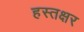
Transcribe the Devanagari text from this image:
हस्तक्षर